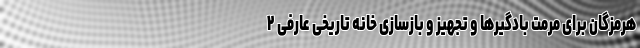
هرمزگان برای مرمت بادگیرها و تجهیز و بازسازی خانه تاریخی عارفی ۲